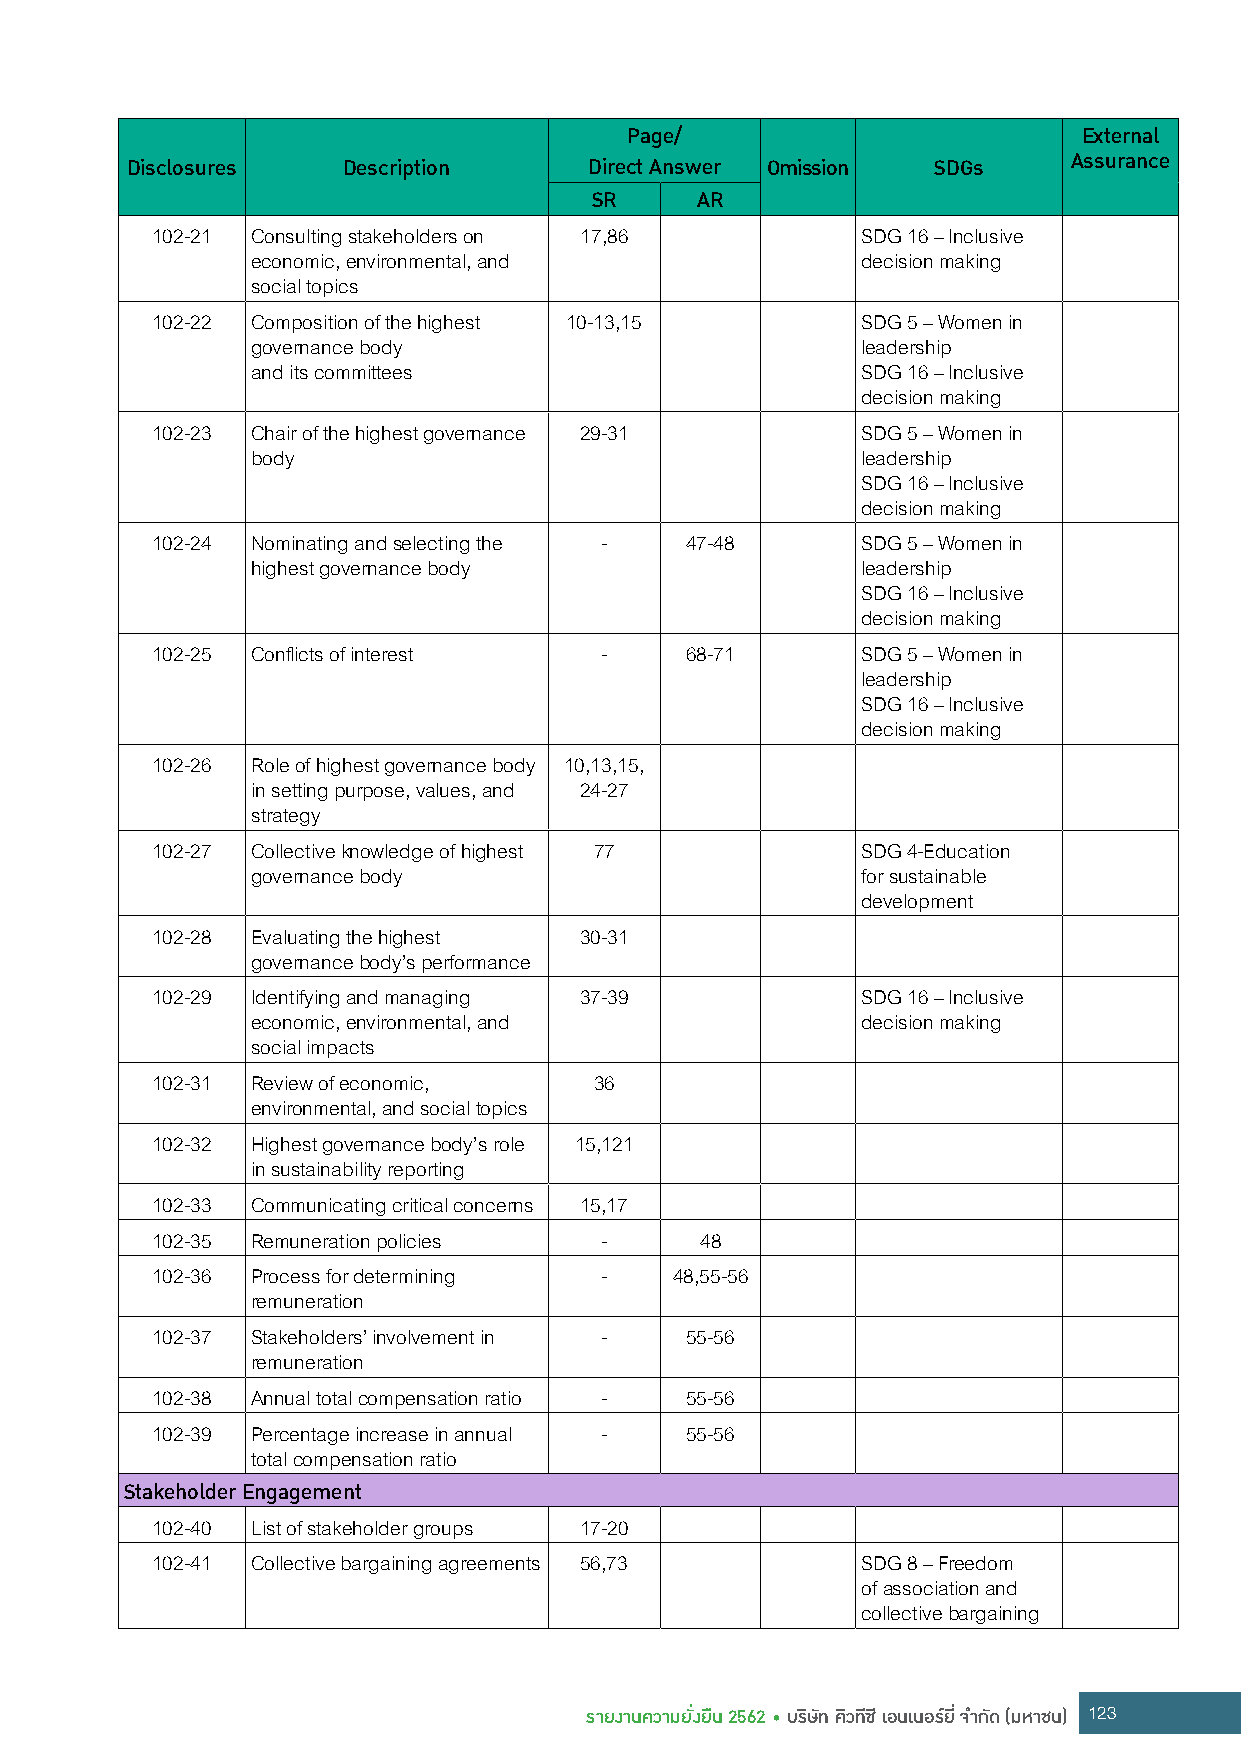
Page/                          External
 Disclosures    Description     Direct Answer Omission SDGs     Assurance
 SR     AR
 102-21 Consulting stakeholders on 17,86        SDG 16 – Inclusive
 economic, environmental, and            decision making
 social topics
 102-22 Composition of the highest 10-13,15     SDG 5 – Women in
 governance body                         leadership
 and its committees                      SDG 16 – Inclusive
 decision making
 102-23 Chair of the highest governance 29-31   SDG 5 – Women in
 body                                    leadership
 SDG 16 – Inclusive
 decision making
 102-24 Nominating and selecting the - 47-48    SDG 5 – Women in
 highest governance body                 leadership
 SDG 16 – Inclusive
 decision making
 102-25 Conflicts of interest  -    68-71       SDG 5 – Women in
 leadership
 SDG 16 – Inclusive
 decision making
 102-26 Role of highest governance body 10,13,15,
 in setting purpose, values, and 24-27
 strategy
 102-27 Collective knowledge of highest 77      SDG 4-Education
 governance body                         for sustainable
 development
 102-28 Evaluating the highest 30-31
 governance body’s performance
 102-29 Identifying and managing 37-39          SDG 16 – Inclusive
 economic, environmental, and            decision making
 social impacts
 102-31 Review of economic,   36
 environmental, and social topics
 102-32 Highest governance body’s role 15,121
 in sustainability reporting
 102-33 Communicating critical concerns 15,17
 102-35 Remuneration policies  -     48
 102-36 Process for determining -   48,55-56
 remuneration
 102-37 Stakeholders’ involvement in - 55-56
 remuneration
 102-38 Annual total compensation ratio - 55-56
 102-39 Percentage increase in annual - 55-56
 total compensation ratio
 Stakeholder Engagement
 102-40 List of stakeholder groups 17-20
 102-41 Collective bargaining agreements 56,73  SDG 8 – Freedom
 of association and
 collective bargaining
 รายงานความยั่งยืน 2562 • บริษัท คิวทีซี เอนเนอร์ยี่ จ�ากัด (มหาชน) 123